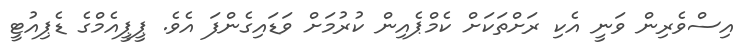
އިސްވެރިން ވަނީ އެކި ރަށްތަކަށް ކެމްޕެއިން ކުރުމަށް ވަޑައިގެންފަ އެވެ. ޕީޕީއެމްގެ ޑެޕިއުޓީ